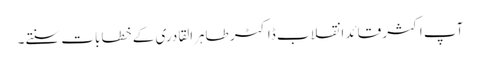
آپ اکثر قائد انقلاب ڈاکٹر طاہرالقادری کے خطابات سنتے۔